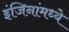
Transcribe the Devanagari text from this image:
इंजिनांमध्ये